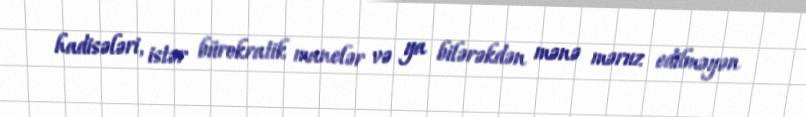
hadisələri, istər bürokratik manelər və ya bilərəkdən mənə məruz edilməyən